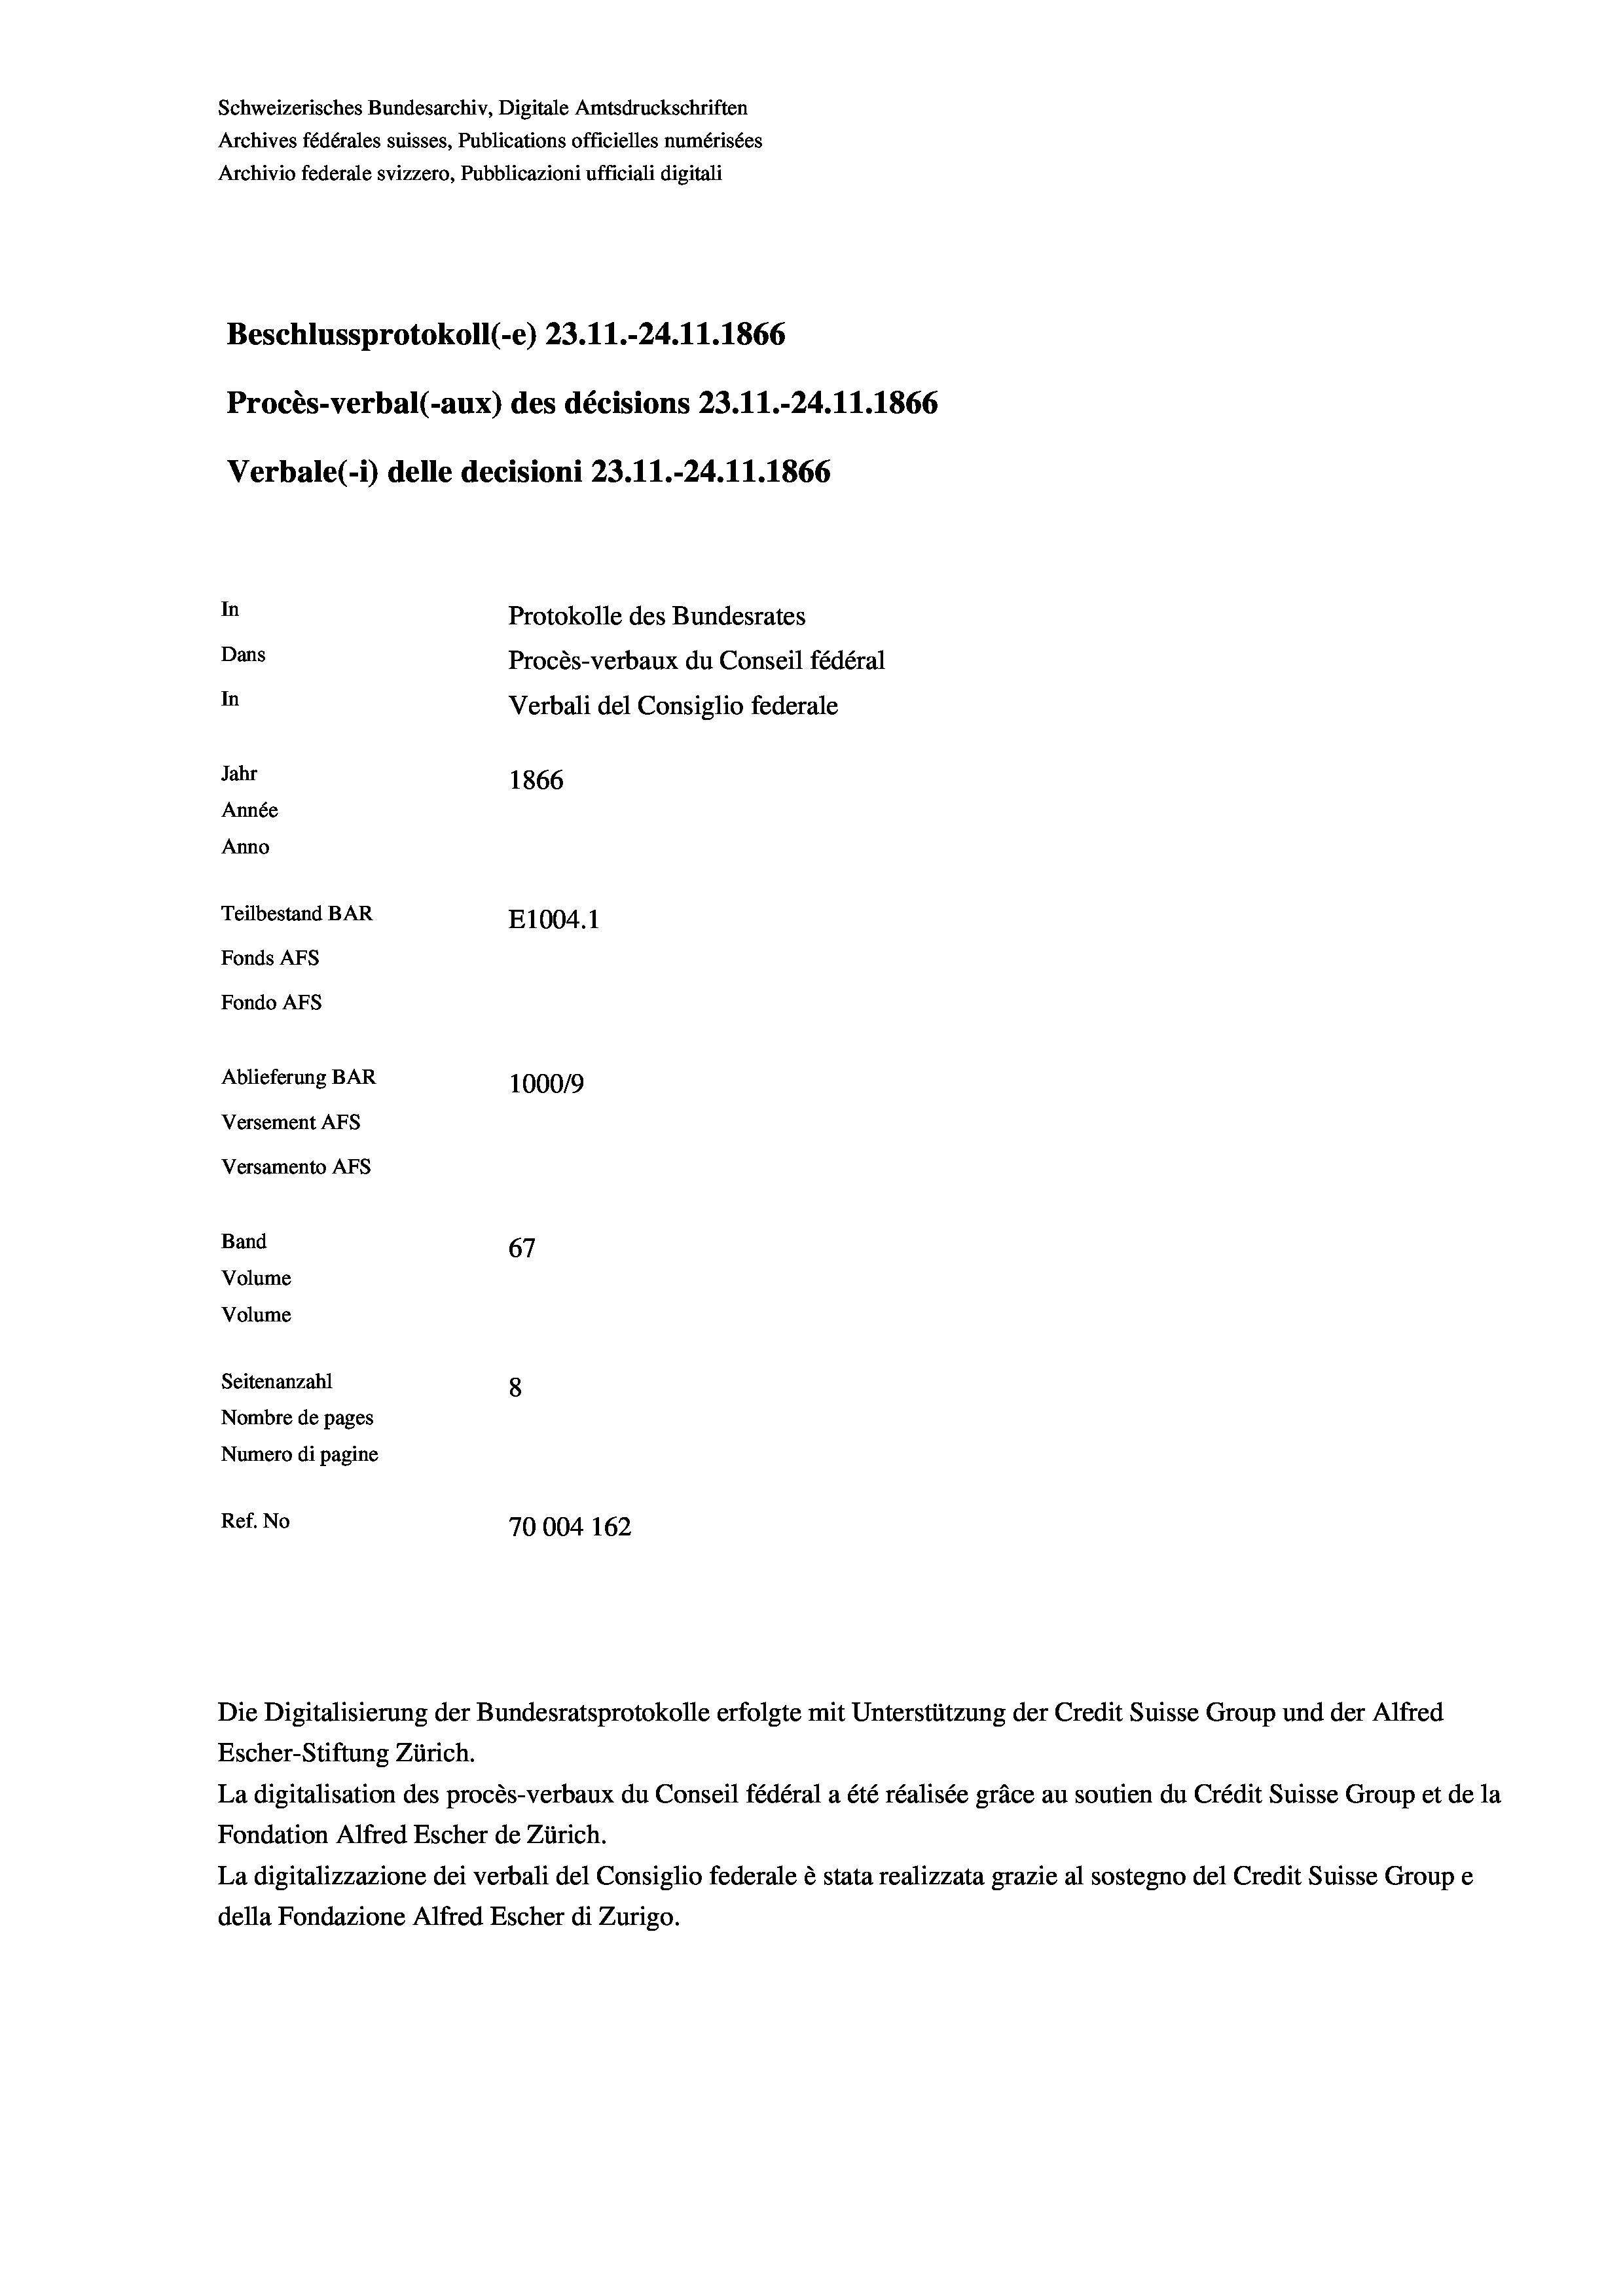
Schweizerisches Bundesarchiv, Digitale Amtsdruckschriften
Archives fédérales suisses, Publications officielles numérisées
Archivio federale svizzero, Pubblicazioni ufficiali digitali
Beschlussprotokoll (-e) 23.11.-24.11.1866
Procès-verbal (-aux) des décisions 23.11.-24.11.1866
Verbale (i) delle decisioni 23.11.-24.11.1866
In
Protokolle des Bundesrates
Dans
Procès-verbaux du Conseil fédéral
In
Verbali del Consiglio federale
Jahr
1866
Année
Anno
Teilbestand BAR
E1004.1
Fonds AFs
Fondo Afs
Ablieferung BAR
100019
Versement AFs

Escher-Stiftung Zürich.
La digitalisation des procès-verbaux du Conseil fédéral a été réalisée gräce au soutien du Crédit Suisse Group et de la
Fondation Alfred Escher de Zürich.
La digitalizzazione dei verbali del Consiglio federale è stata realizzata grazie al sostegno del Credit Suisse Groupe
della Fondazione Alfred Escher di Zurigo.

Versamento AFs
Band
Volume
Volume

67
Seitenanzahl
8
Nombre de pages
Numero di pagine
Ref. No
70004 162

Die Digitalisierung der Bundesratsprotokolle erfolgte mit Unterstützung der Credit Suisse Group und der Alfred